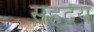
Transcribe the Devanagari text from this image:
सह्रदय